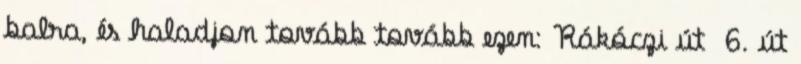
balra, és haladjon tovább tovább ezen: Rákóczi út 6. út